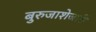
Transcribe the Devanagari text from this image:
बुरुजाशेजारी